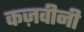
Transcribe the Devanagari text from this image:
कज़वीनी